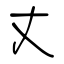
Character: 丈